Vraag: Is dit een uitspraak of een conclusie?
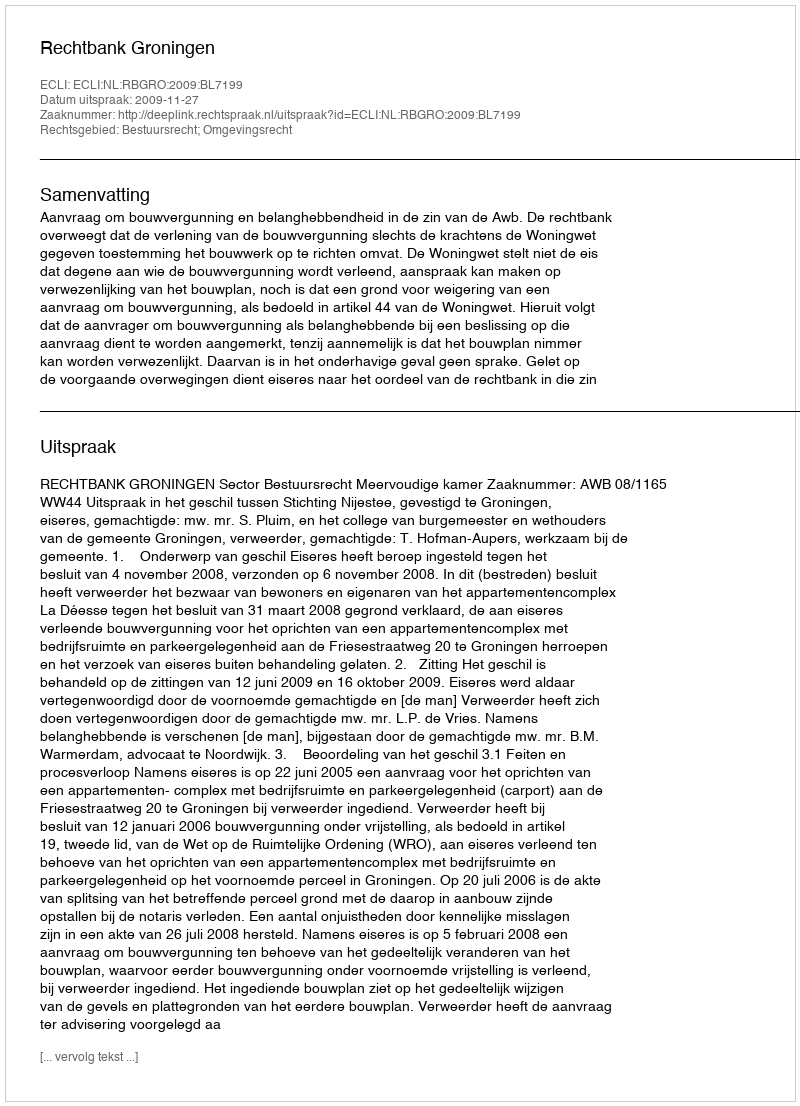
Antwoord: Uitspraak